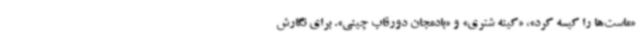
«ماست‌ها را کیسه کرد»، «کینه شتری» و «بادمجان دورقاب چینی». برای نگارش